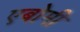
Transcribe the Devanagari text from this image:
एबोमी